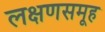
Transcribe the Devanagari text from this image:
लक्षणसमूह